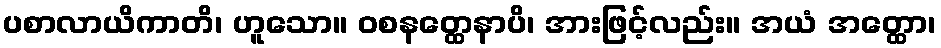
ပစာလာယိကာတိ၊ ဟူသော။ ဝစနတ္ထေနာပိ၊ အားဖြင့်လည်း။ အယံ အတ္ထော၊